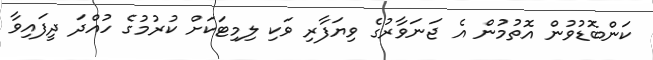
ކަންބޮޑުވުން އޮތުމުން އެ ޖަނަވާރުގެ ވިޔަފާރި ވަކި ލިމިޓަކަށް ކުރުމުގެ ހުއްދަ ދީފައިވާ